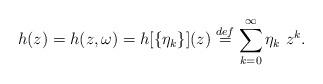
LaTeX: \begin{align*} h(z) = h(z,\omega) = h[\{\eta_k\}](z) \stackrel{def}{=} \sum_{k=0}^{\infty} \eta_k \ z^k.\end{align*}